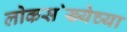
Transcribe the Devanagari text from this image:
लोकस॓ख्येच्या